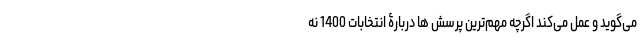
می‌گوید و عمل می‌کند اگرچه مهم‌ترین پرسش ها دربارۀ انتخابات 1400 نه